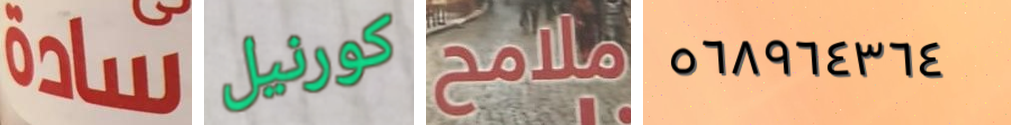
سادة كورنيل ملامح ٥٦٨٩٦٤٣٦٤